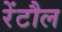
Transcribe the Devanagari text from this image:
रेंटौल